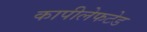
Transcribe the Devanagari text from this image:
कापीलेफटेड